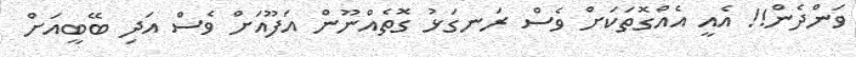
ވަންދެން!! އެއީ އެއްގޮތަކަށް ވެސް ރަނގަޅު ގޮތެއްނޫން އަފޫއަށް ވެސް އަދި ބޭބީއަށް